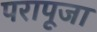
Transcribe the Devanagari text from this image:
परापूजा